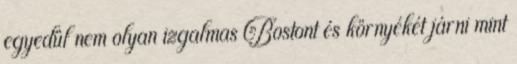
egyedül nem olyan izgalmas Bostont és környékét járni mint